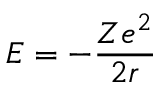
E = - { \frac { Z e ^ { 2 } } { 2 r } }